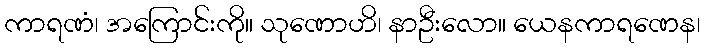
ကာရဏံ၊ အကြောင်းကို။ သုဏောဟိ၊ နာဦးလော။ ယေနကာရဏေန၊